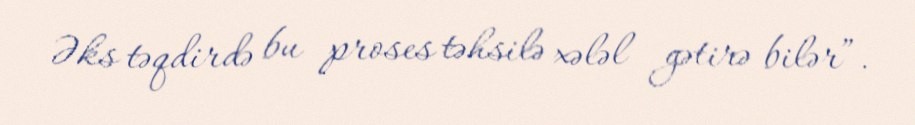
Əks təqdirdə bu proses təhsilə xələl gətirə bilər”.